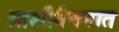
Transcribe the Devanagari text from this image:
आशीर्वचनात